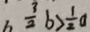
\frac { 3 } { 2 } b > \frac { 1 } { 2 } a